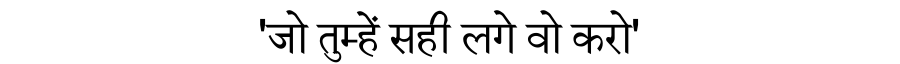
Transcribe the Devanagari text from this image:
'जो तुम्हें सही लगे वो करो'